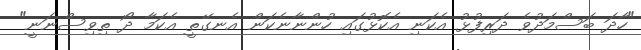
"ހާދަ ބަސްމަދުވެ ދަރިފުޅު އެކަނި އެކޮޅުގައި ހުންނާނެކަން އެނގޭތީ އެކަމާ ދޯ ތިވިސްނަނީ"